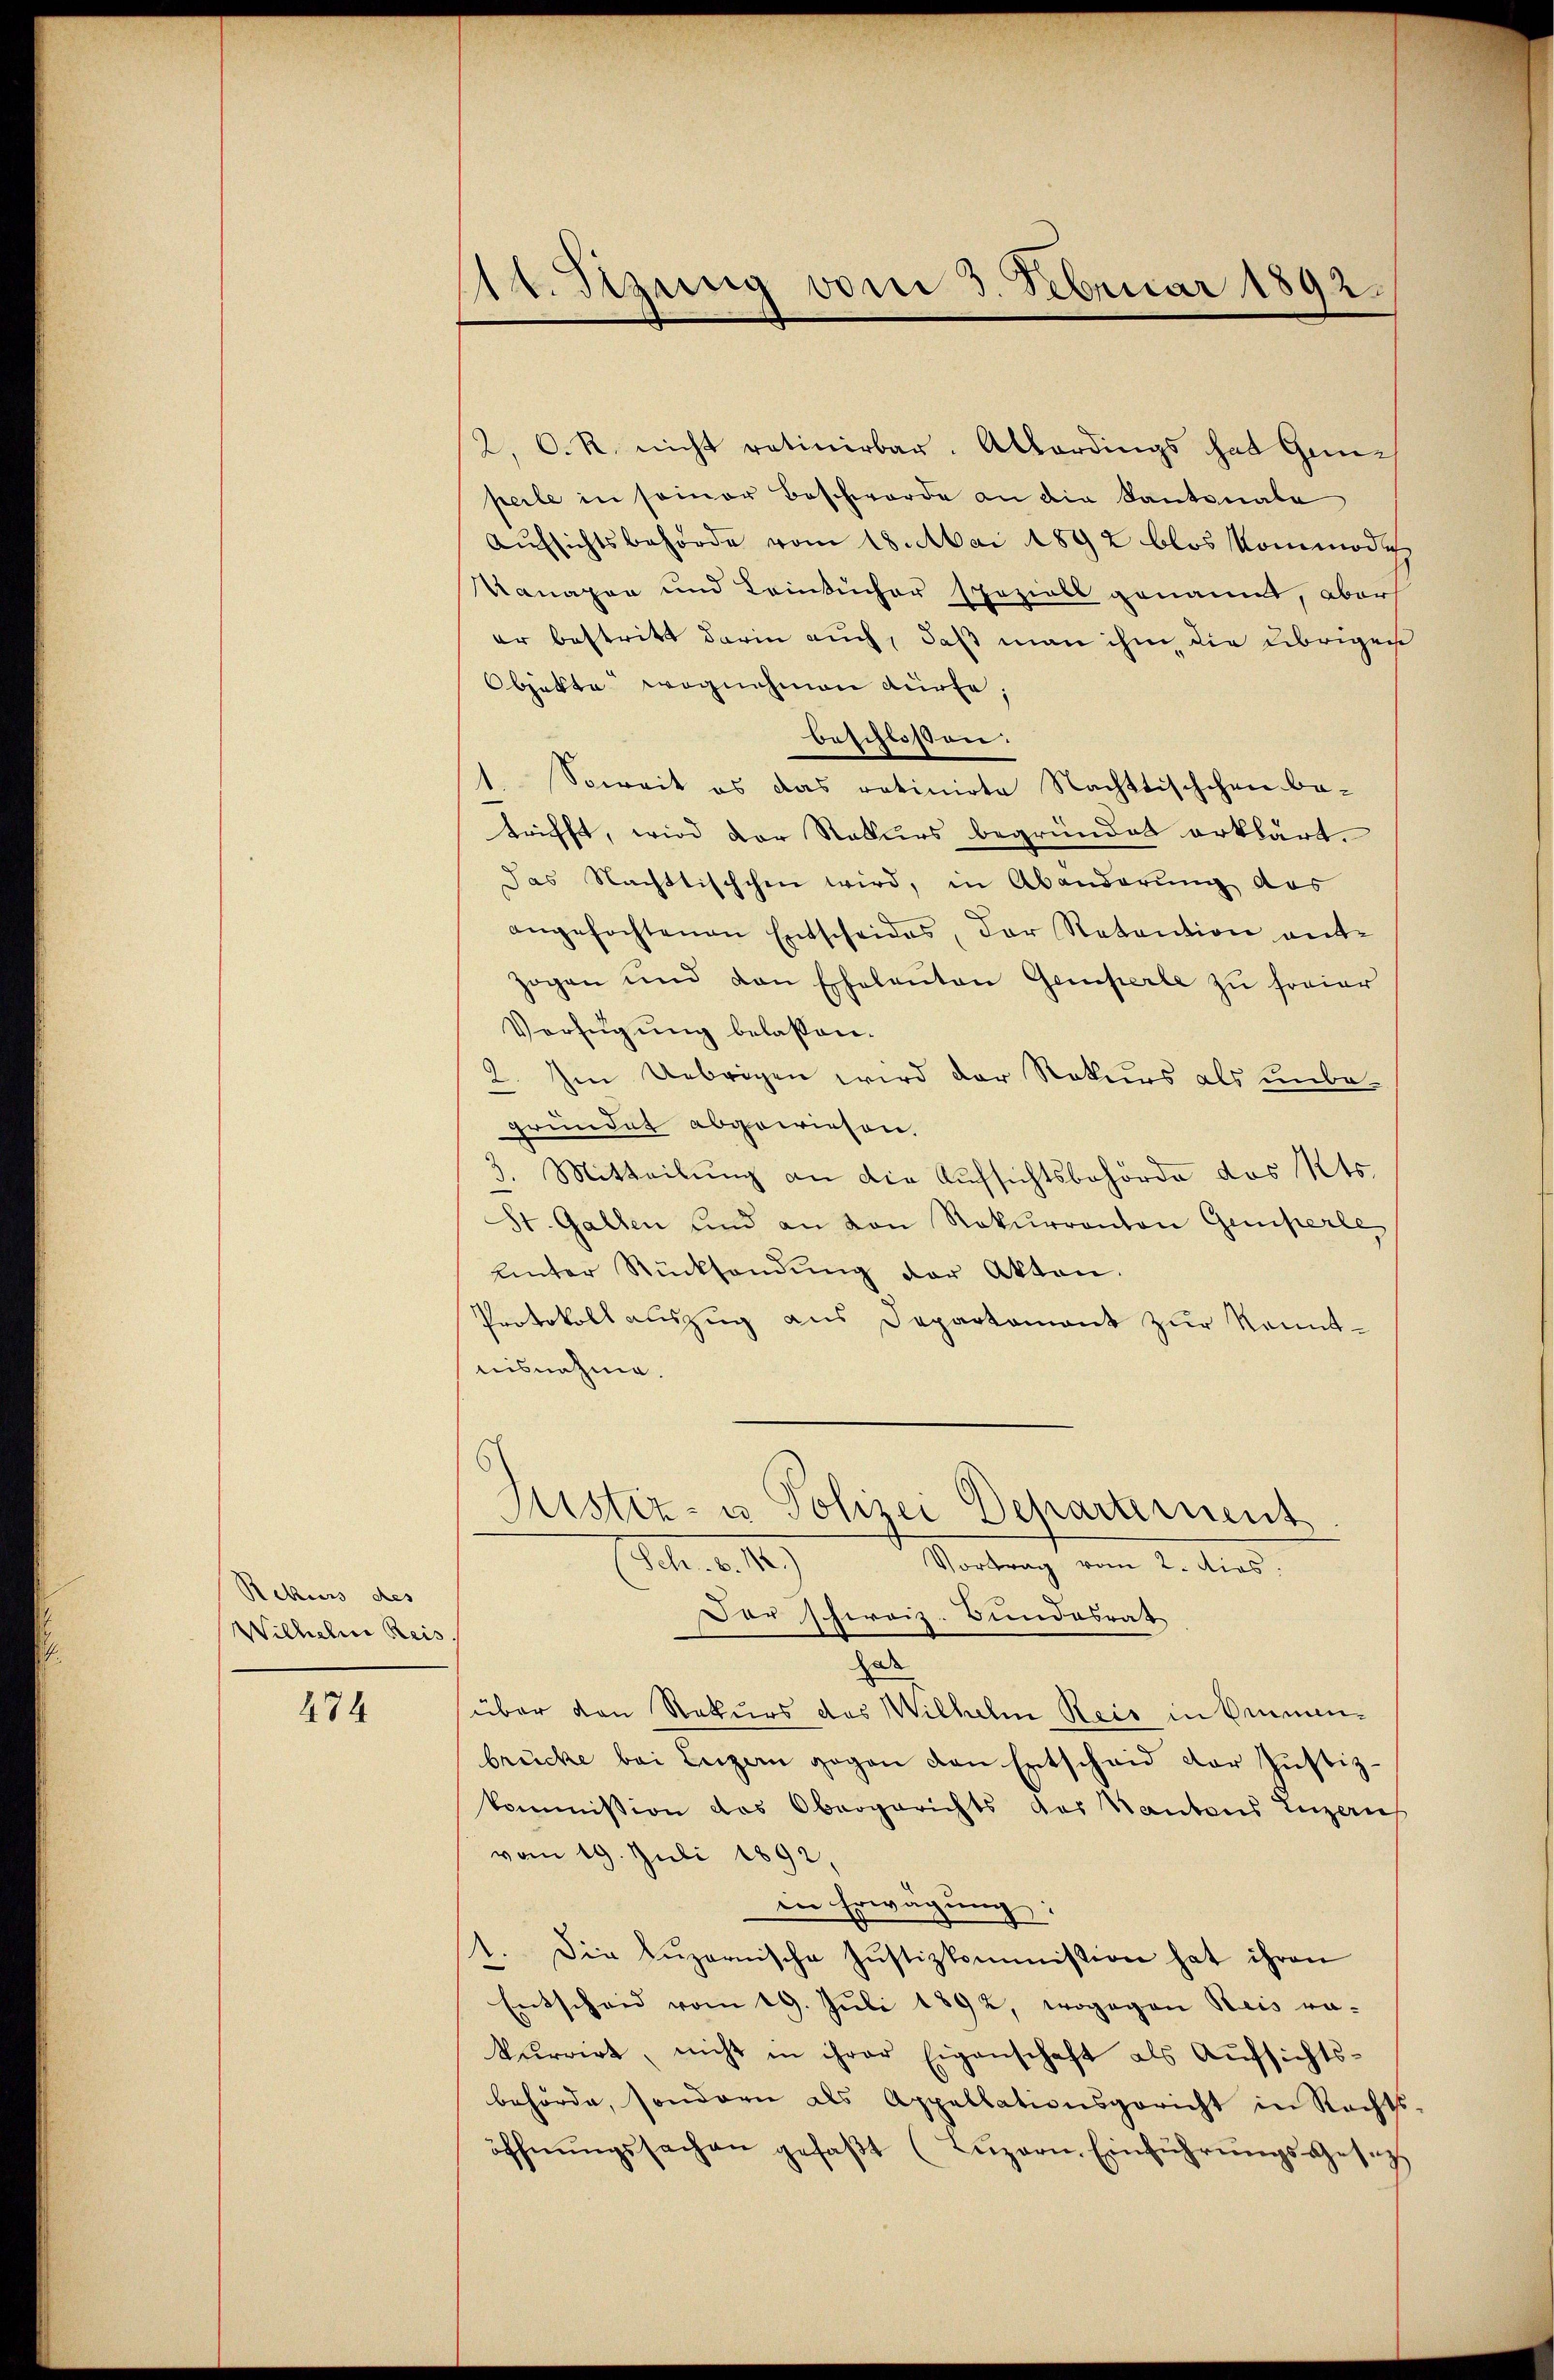
Rekurs des
Wilhelm Reis

474

1t. Sitzung vom 3. Februar 1892.

2, O. R. nicht rativerbar. Allerdings hat Gunperle in seiner Beschwerde an die Kantonale
Aufsichtsbehörde vom 18. Mai 1892 blos Kommodes
Kanapan und Leinbücher speziell genannt, aber
er bestritt darin auch, daß man ihm die übrigen
Objekte wegnehmen dürfe;
beschlossen.
1. Soweit es das ratinirte Nachttischchen betrifft, wird der Rekurs begründet erklärt.
Das Nachttischchen wird, in Abänderung des
angefochtenen Entscheides, der Retention ent-
zogen und den Eheleuten Gemperle zu freier
Verfügung belassen.
2. Im Uebrigen wird der Rekurs als unbegründet abgewiesen.
3. Mitteilŭng an die Aufsichtsbehörde des Kts.
St. Gallen und an von Rekurranton Gemperle
Unter Rücksendŭng der Akten.
Protokoll auszug aus Departemont zur konntnisnahme.
s
Justiz- u Polizei Departement
Sch.6.12.)
Vortrag vom 2. dies
Dar schweiz. Bundesrat
ade
über den Rekurs des Wilhelm Reis in kennenbrücke bei Luzern gegen den Entscheid der Justizkommission das Obergerichts des Kantons Luzern
vom 19. Juli 1892,
in Erwägung:
1. Die Lŭzernische Justizkommission hat ihren
Entscheid vom 19. Juli 1892, wogegen Reis re-
kurrirt, nicht in ihrer Eigenschaft als Aufsichts-
behörde, sondern als Appellationsgericht in Rechts-
öffnŭngssachen gefaβt (Lŭzern, Einführŭngs-Gesetzt